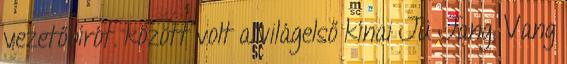
vezetőbírót. között volt a világelső kínai Jü Jang, Vang